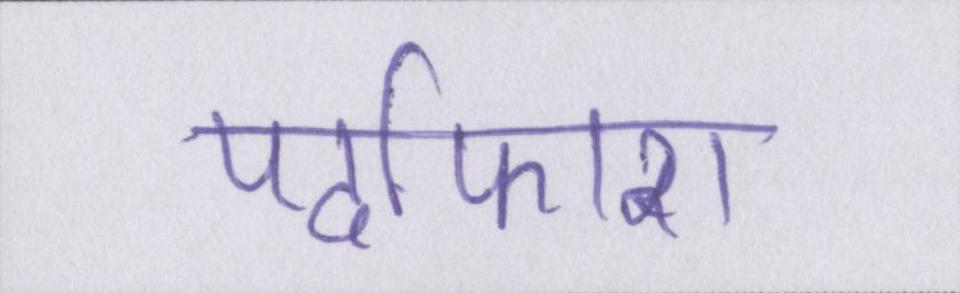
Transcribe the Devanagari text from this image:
पर्दाफाश